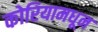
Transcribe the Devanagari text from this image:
कोरियामधून